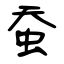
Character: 蚕